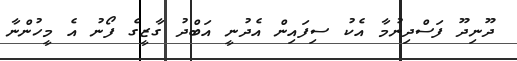
ދޫނިދޫ ފަސްދިނުމާ އެކު ސިފައިން އެދުނީ އަބްދު ގާޒީގެ ފޯނު އެ މީހުންނާ